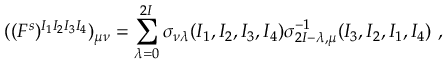
( ( F ^ { s } ) ^ { I _ { 1 } I _ { 2 } I _ { 3 } I _ { 4 } } ) _ { \mu \nu } = \sum _ { \lambda = 0 } ^ { 2 I } \sigma _ { \nu \lambda } ( I _ { 1 } , I _ { 2 } , I _ { 3 } , I _ { 4 } ) \sigma _ { 2 I - \lambda , \mu } ^ { - 1 } ( I _ { 3 } , I _ { 2 } , I _ { 1 } , I _ { 4 } ) \ ,